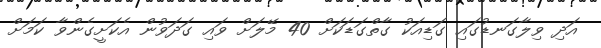
އަދި ވިލާގަނޑުގައި ގަޑިއަކު ގާތްގަޑަކަށް 40 މޭލަށް ވައި ގަދަވުން އެކަށީގެންވާ ކަމަށް